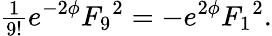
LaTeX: {\textstyle\frac{1}{9!}}e^{-2\phi}{F_{9}}^{2}=-{e}^{2\phi}{F_{1}}^{2}.